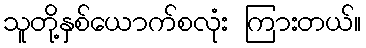
သူတို့နှစ်ယောက်စလုံး ကြားတယ်။